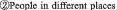
②Pcople in different places